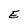
Character: E